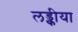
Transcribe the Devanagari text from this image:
लड्कीया